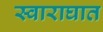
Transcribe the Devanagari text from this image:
स्वाराघात